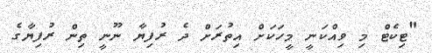
"ޓިކެޓް މި ވިއްކަނީ މީހަކަށް އިތުރަށް ދެ ރުފިޔާ ނޫނީ ތިން ރުފިޔާގެ